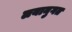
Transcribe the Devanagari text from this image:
लयानुगत